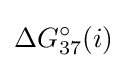
\Delta G_{37}^{\circ }(i)